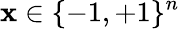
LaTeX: \mathbf{x}\in\{ -1,+1\} ^{n}